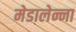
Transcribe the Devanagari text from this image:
मेडालेन्ना